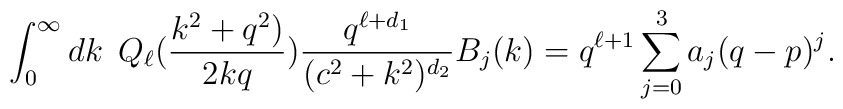
\int_{0}^{\infty}dk \hspace{.2cm} Q_{\ell}({k^2 + q^2) \over2kq}) {q^{\ell+d_1} \over{(c^2+k^2)^{d_2}}}B_j(k)=q^{\ell+1}\sum_{j=0}^3a_j(q-p)^j.